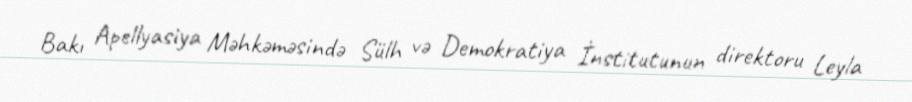
Bakı Apellyasiya Məhkəməsində Sülh və Demokratiya İnstitutunun direktoru Leyla